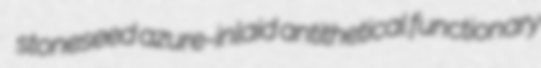
stoneseed azure-inlaid antithetical functionary